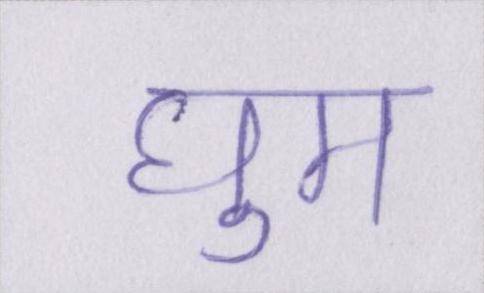
घुम